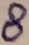
Text: 8